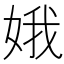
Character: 娥